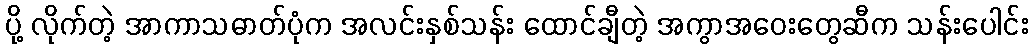
ပို့ လိုက်တဲ့ အာကာသဓာတ်ပုံက အလင်းနှစ်သန်း ထောင်ချီတဲ့ အကွာအဝေးတွေဆီက သန်းပေါင်း